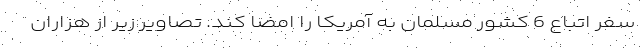
سفر اتباع 6 کشور مسلمان به آمریکا را امضا کند. تصاویر زیر از هزاران